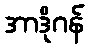
အာဒိုဂန်